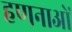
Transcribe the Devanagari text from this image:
हणनाओं